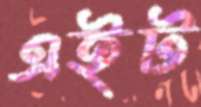
এইট